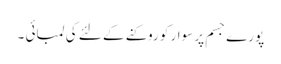
پورے جسم پر سوار کو روکنے کے لئے کی لمبائی ۔